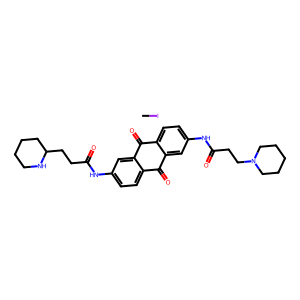
SMILES: CI.O=C(CCC1CCCCN1)Nc1ccc2c(c1)C(=O)c1ccc(NC(=O)CCN3CCCCC3)cc1C2=O
Inhibits HIV replication: No